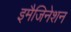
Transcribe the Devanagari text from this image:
इमैजिनेशन